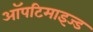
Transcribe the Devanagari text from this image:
ऑपटिमाइज्ड